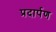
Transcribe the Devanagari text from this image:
प्रदार्पण